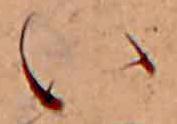
い